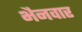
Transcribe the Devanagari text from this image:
भैनवार